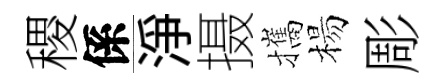
稷係浄摄攜楊彫